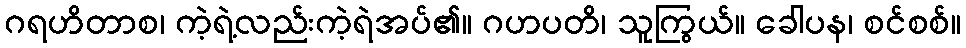
ဂရဟိတာစ၊ ကဲ့ရဲ့လည်းကဲ့ရဲအပ်၏။ ဂဟပတိ၊ သူကြွယ်။ ခေါပန၊ စင်စစ်။